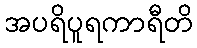
အပရိပူရကာရီတိ